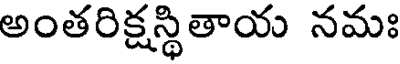
అంతరిక్షస్థితాయ నమః